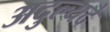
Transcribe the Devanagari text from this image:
अदुल्यदे